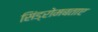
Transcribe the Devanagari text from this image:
सिंड्रोमबताए